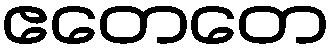
ဧတေတေ